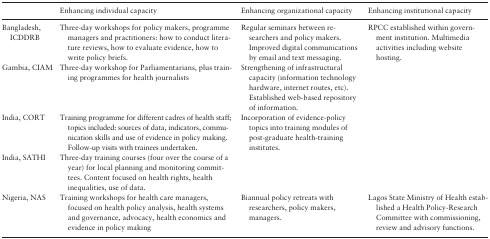
|  | Enhancing individual capacity | Enhancing organizational capacity | Enhancing institutional capacity |
 | --- | --- | --- | --- |
 | Bangladesh, ICDDRB | Three-day workshops for policy makers, programme managers and practitioners: how to conduct literature reviews, how to evaluate evidence, how to write policy briefs. | Regular seminars between researchers and policy makers. Improved digital communications by email and text messaging. | RPCC established within government institution. Multimedia activities including website hosting. |
 | Gambia, CIAM | Three-day workshop for Parliamentarians, plus training programmes for health journalists | Strengthening of infrastructural capacity (information technology hardware, internet routes, etc). Established web-based repository of information. |  |
 | India, CORT | Training programme for different cadres of health staff; topics included: sources of data, indicators, communication skills and use of evidence in policy making. Follow-up visits with trainees undertaken. | Incorporation of evidence-policy topics into training modules of post-graduate health-training institutes. |  |
 | India, SATHI | Three-day training courses (four over the course of a year) for local planning and monitoring committees. Content focused on health rights, health inequalities, use of data. |  |  |
 | Nigeria, NAS | Training workshops for health care managers, focused on health policy analysis, health systems and governance, advocacy, health economics and evidence in policy making | Biannual policy retreats with researchers, policy makers, managers. | Lagos State Ministry of Health established a Health Policy-Research Committee with commissioning, review and advisory functions. |